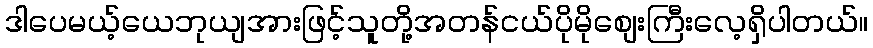
ဒါပေမယ့်ယေဘုယျအားဖြင့်သူတို့အတန်ငယ်ပိုမိုစျေးကြီးလေ့ရှိပါတယ်။